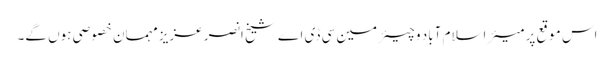
اس موقع پر میئر اسلام آباد و چیئرمین سی ڈی اے شیخ انصر عزیز مہمان خصوصی ہوں گے۔